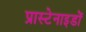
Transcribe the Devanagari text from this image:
प्रास्टेनाइडों